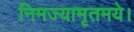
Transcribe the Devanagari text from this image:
निमज्यामृतमये।